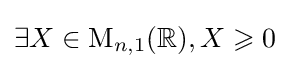
\exists X\in \mathrm {M} _{n,1}(\mathbb {R} ),X\geqslant 0